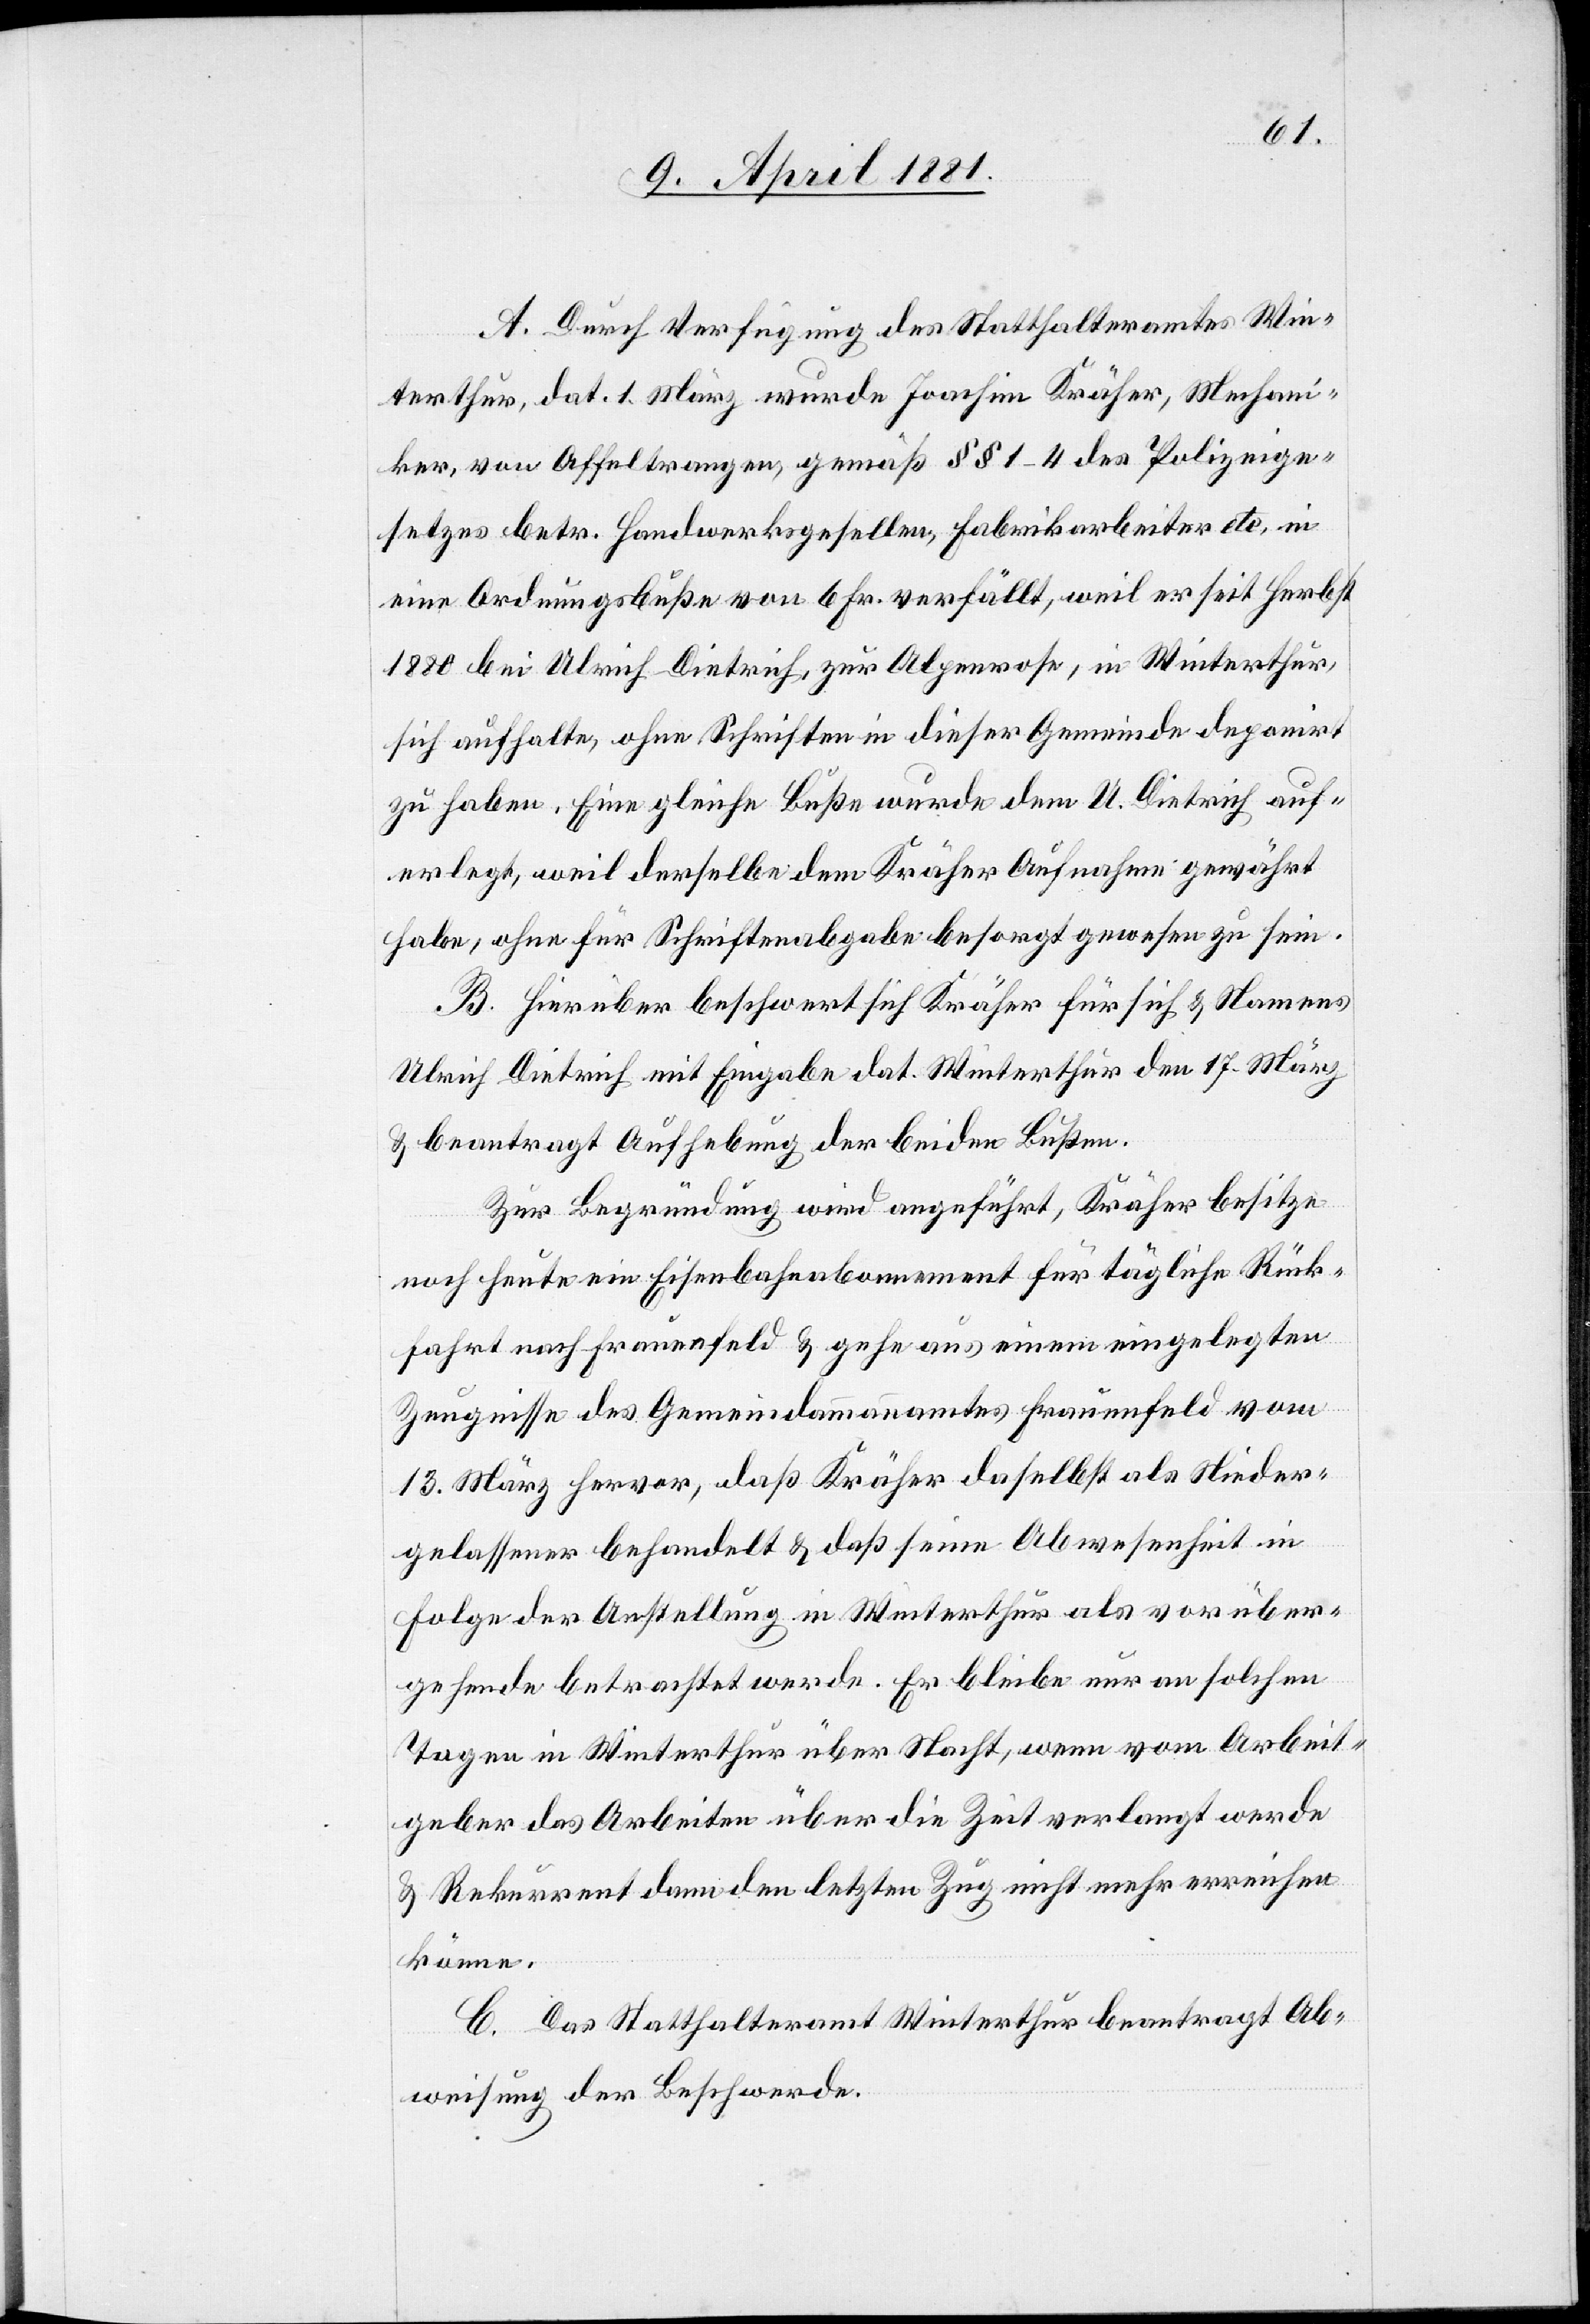
A. Durch Verfügung des Statthalteramtes Win¬
terthur, dat. 1. März wurde Joachim Kräher, Mechani¬
ker, von Affeltrangen, gemäß §§ 1–4 des Polizeige¬
setzes betr. Handwerksgesellen, Fabrikarbeiter etc,
einer Ordnungsbuße von 6 Fr. verfällt, weil er seit Herbst
1880 bei Ulrich Dietrich, zur Alpenrose, in Winterthur,
sich aufhalte, ohne Schriften in dieser Gemeinde deponirt
zu haben. Eine gleiche Buße wurde dem U. Dietrich auf¬
erlegt, weil derselbe dem Kräher Aufnahme gewährt
habe, ohne für Schriftenabgabe besorgt gewesen zu sein.
B. Hierüber beschwert sich Kräher für sich & Namens
Ulrich Dietrich mit Eingabe dat. Winterthur den 17. März
& beantragt Aufhebung der beiden Bußen.
Zur Begründung wird angeführt, Kräher besitze
noch heute ein Eisenbahnabonnement für tägliche Rück¬
fahrt nach Frauenfeld & gehe aus einem eingelegten
Zeugnisse des Gemeindammannamtes Frauenfeld vom
13. März hervor, daß Kräher daselbst als Nieder¬
gelassener behandelt & daß seine Abwesenheit in
Folge der Anstellung in Winterthur als vorüber¬
gehende betrachtet werde. Er bleibe nur an solchen
Tagen in Winterthur über Nacht, wenn vom Arbeit¬
geber das Arbeiten über die Zeit verlangt werde
& Rekurrent dann den letzten Zug nicht mehr erreichen
könne.
C. Das Statthalteramt Winterthur beantragt Ab¬
weisung der Beschwerde.